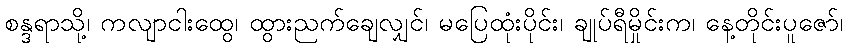
စန္ဒရာသို့၊ ကလျာငါးထွေ၊ ထွားညက်ချေလျှင်၊ မပြေထုံးပိုင်း၊ ချုပ်ရီမှိုင်းက၊ နေ့တိုင်းပူဇော်၊